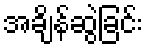
အချိန်ဆွဲခြင်း